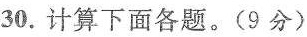
30.计算下面各题。(9分)